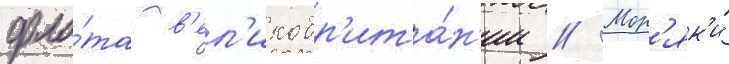
фло́та в'ел'икобр'ита́н'ии // Мор'як'и́